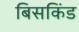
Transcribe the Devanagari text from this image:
बिसकिंड